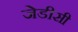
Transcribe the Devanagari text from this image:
जेडीसी